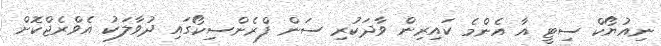
ނިއުޔޯކް ސިޓީ އާ އެންމެ ކައިރިން ވާދަކުރި ސަން ފްރެންސިކޯގައި ދުވާލަކު އެވްރެޖްކޮށް